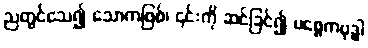
ညတွင်သေ၍ သောကဖြစ်၊ ၎င်းကို ဆင်ခြင်၍ ပစ္စေကဗုဒ္ဓါ